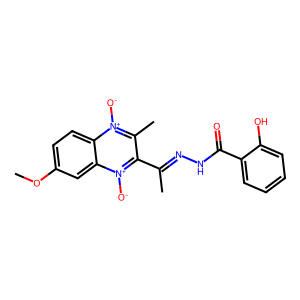
SMILES: COc1ccc2c(c1)[n+]([O-])c(C(C)=NNC(=O)c1ccccc1O)c(C)[n+]2[O-]
Inhibits HIV replication: No